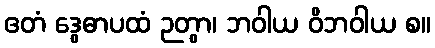
ဧတံ ဒွေဓာပထံ ဉတွာ၊ ဘဝါယ ဝိဘဝါယ စ။